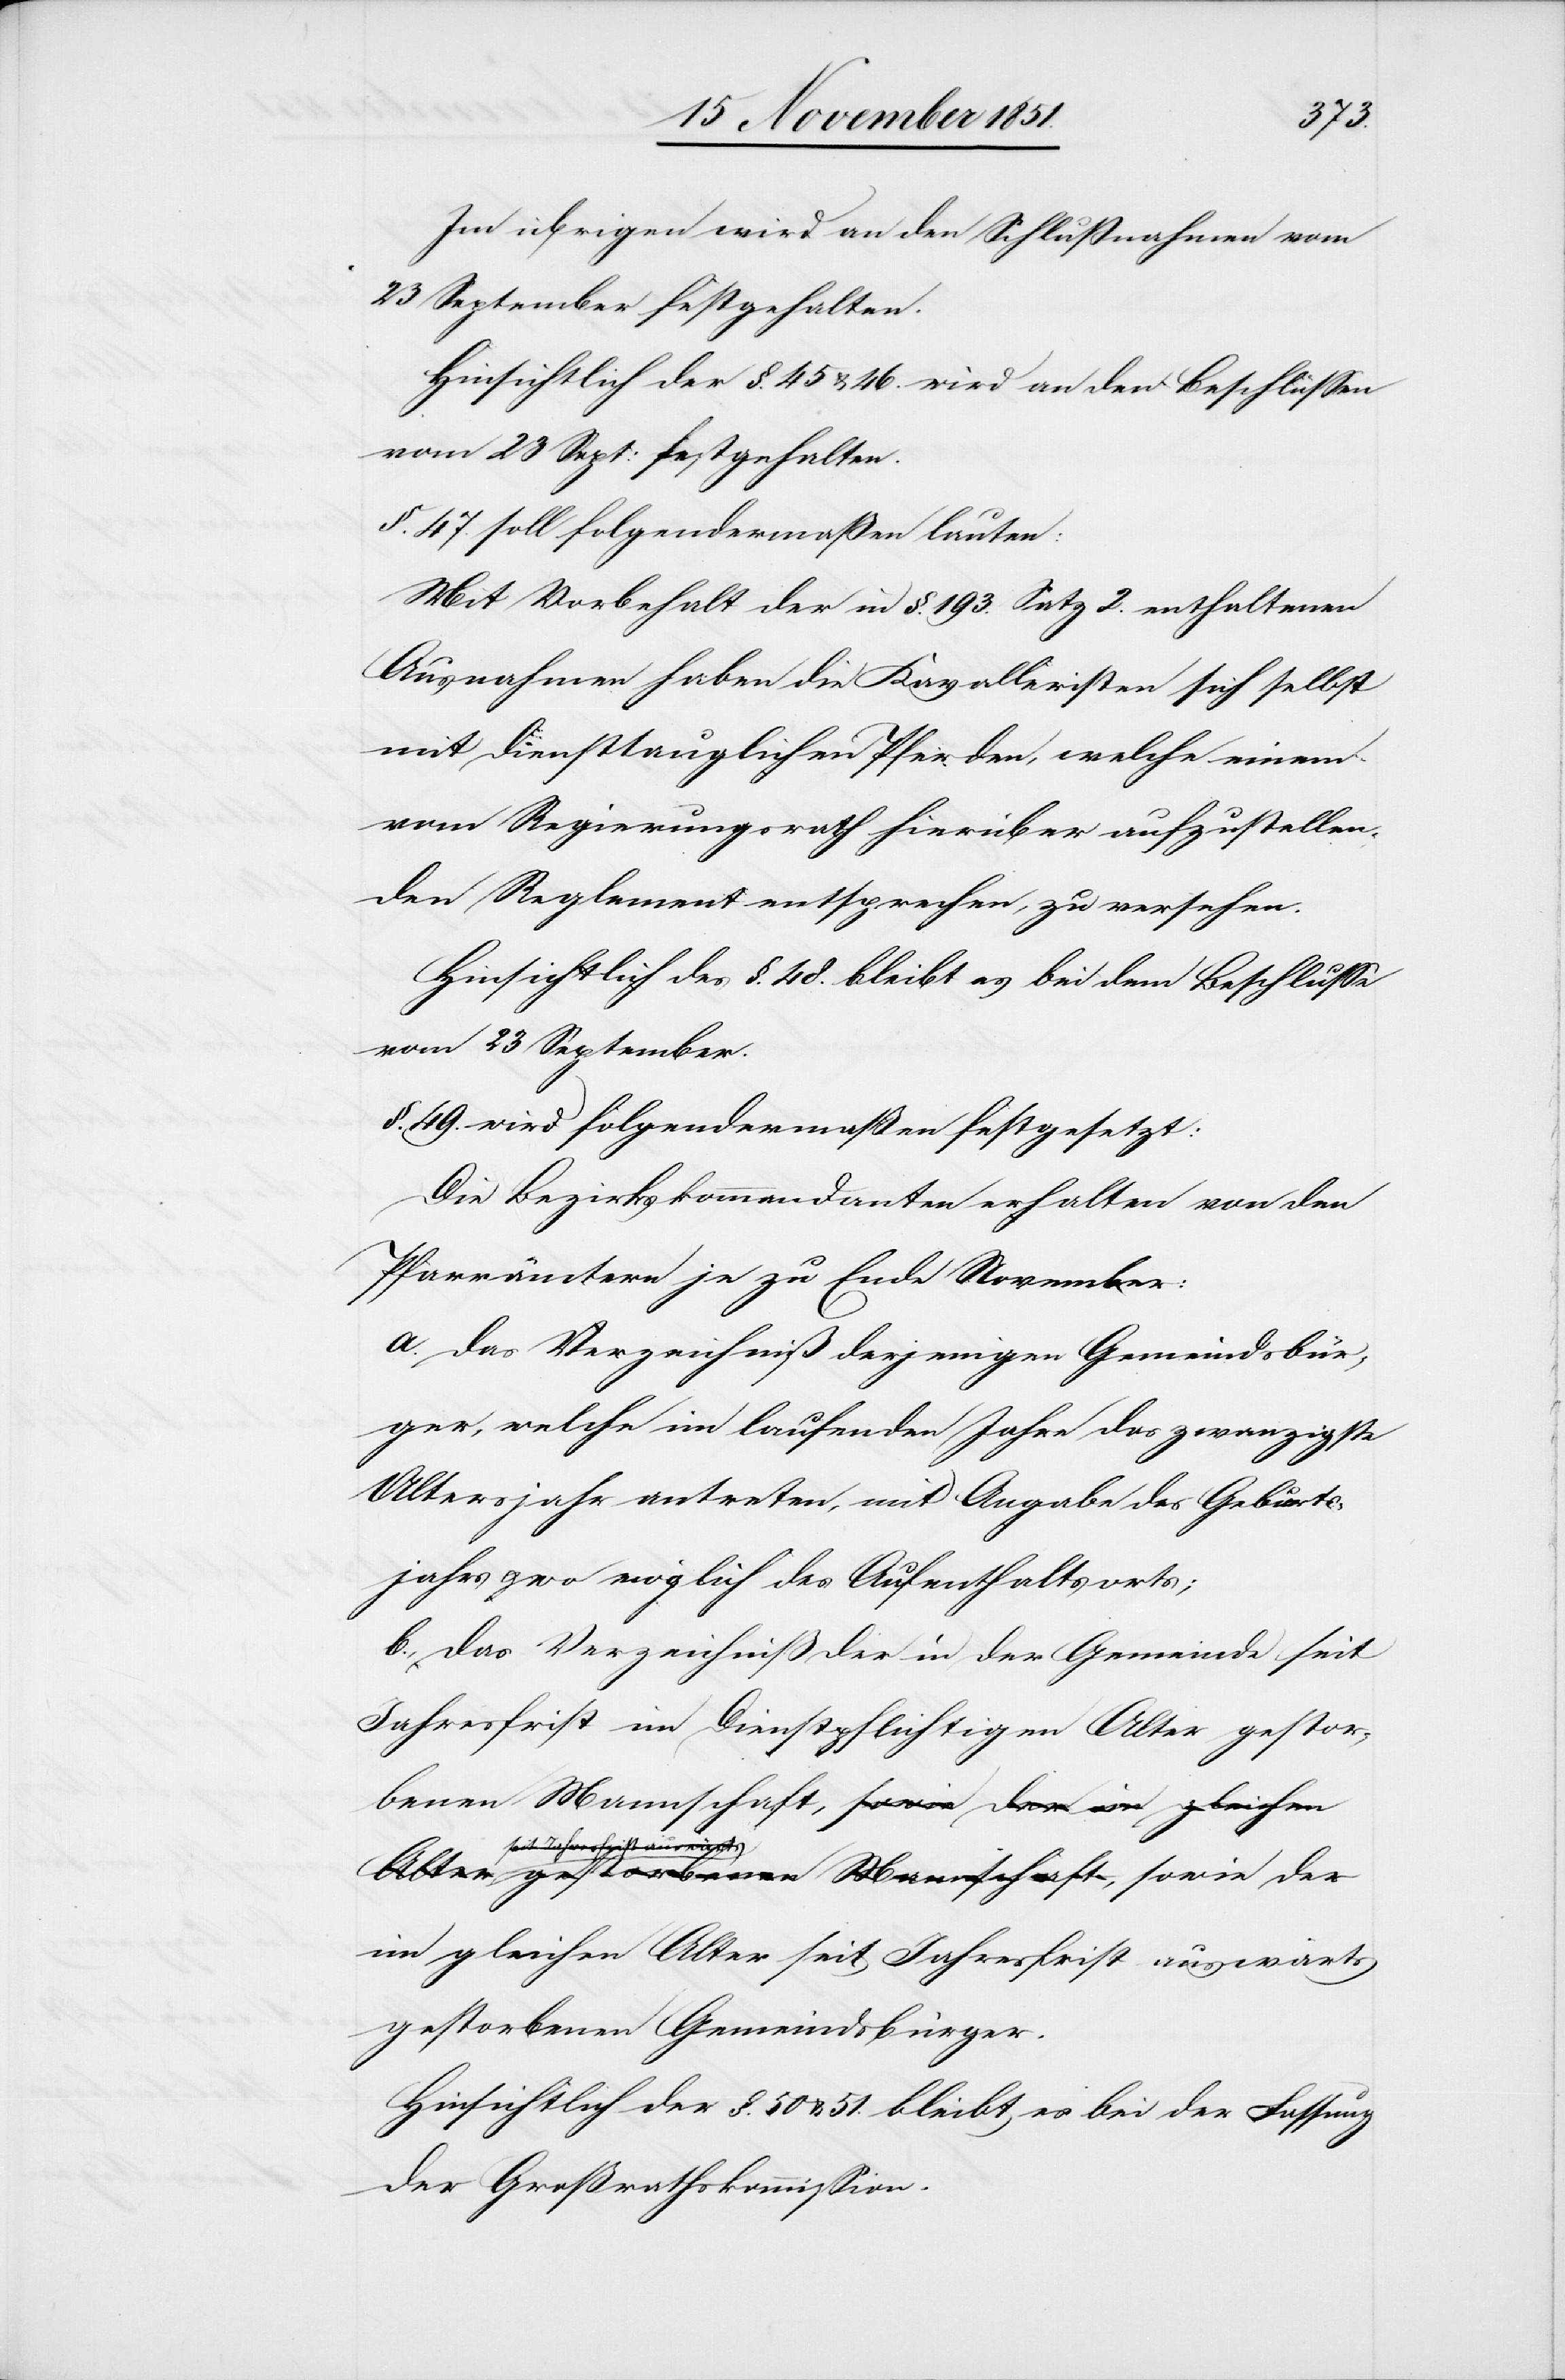
Im übrigen wird an den Schlußnahmen vom
23 September festgehalten.
Hinsichtlich der §. 45 & 46. wird an den Beschlüssen
vom 23 Sept: festgehalten.
§. 47. soll folgendermaßen lauten:
Mit Vorbehalt der in §. 193. Satz 2. enthaltenen
Ausnahmen haben die Kavalleristen sich selbst
mit diensttauglichen Pferden, welche einem
vom Regierungsrath hierüber aufzustellen¬
den Reglement entsprechen, zu versehen.
Hinsichtlich des §. 48. bleibt es bei dem Beschlusse
vom 23 September.
§. 49. wird folgendermaßen festgesetzt:
Die Bezirkskommandanten erhalten von den
Pfarrämtern je zu Ende November:
a. das Verzeichniß derjenigen Gemeindsbür¬
ger, welche im laufenden Jahre das zwanzigste
Altersjahr antreten, mit Angabe des Geburts¬
jahres & wo möglich des Aufenthaltsorts;
b. das Verzeichniß der in der Gemeinde seit
Jahresfrist im Dienstpflichtigen Alter gestor¬
benen Mannschaft, sowie der im gleichen
seit Jahresfrist auswär¬
ts gestorbenen Mannschaft, sowie der
im gleichen Alter seit Jahresfrist auswärts
gestorbenen Gemeindsbürger.
Hinsichtlich der §. 50 & 51. bleibt es bei der Fassung
der Großrathskommission.